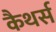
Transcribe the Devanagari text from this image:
कैथर्स